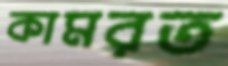
কামরত